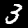
Label: 3